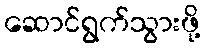
ဆောင်ရွက်သွားဖို့